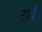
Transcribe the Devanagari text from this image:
रथं